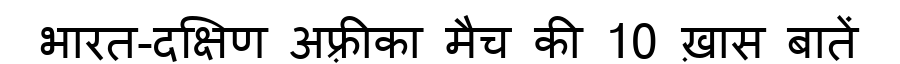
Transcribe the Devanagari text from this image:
भारत-दक्षिण अफ़्रीका मैच की 10 ख़ास बातें